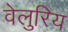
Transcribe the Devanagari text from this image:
वेलुरिय